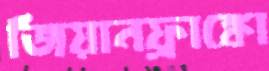
জিয়ানফ্রাঙ্কো